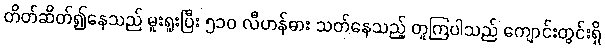
တိတ်ဆိတ်၍နေသည် မူးရူးပြီး ၅၁၀ လီဟန်ဓား သတ်နေသည့် တူကြပါသည် ကျောင်းတွင်းရှိ